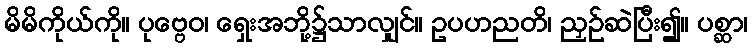
မိမိကိုယ်ကို။ ပုဗ္ဗေဝ၊ ရှေးအဘို့၌သာလျှင်။ ဥပဟညတိ၊ ညှဉ်ဆဲပြီး၍။ ပစ္ဆာ၊